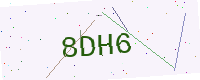
Text: 8DH6